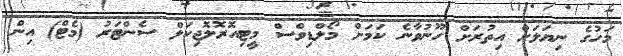
މަހުގެ ނިޔަލަށް އިތުރަށް ހޫނުވާނެ ކަމަށް މޯލްޑިވްސް މީޓިއޮރޮލޮޖިކަލް ސެންޓަރު (މެޓް) އިން